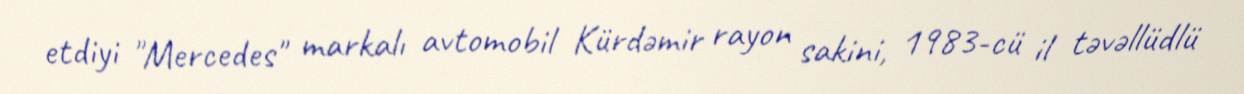
etdiyi "Mercedes" markalı avtomobil Kürdəmir rayon sakini, 1983-cü il təvəllüdlü